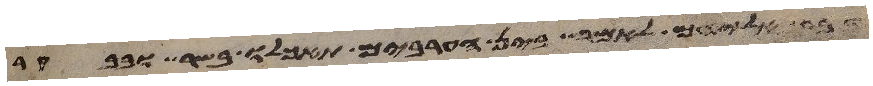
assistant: דבר אליהם לאמר בין הערבים תאכלו בשר ובבקר